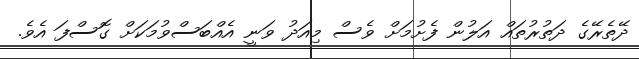
ދޭތެރޭގެ ދަތުރުތައް އަލުން ފެށުމަށް ވެސް މިއަދު ވަނީ އެއްބަސްވުމަކަށް ގޮސްފަ އެވެ.